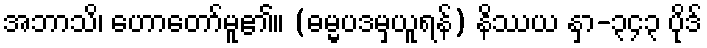
အဘာသိ၊ ဟောတော်မူ၏။ (ဓမ္မပဒမှယူရန်) နိဿယ နှာ-၃၄၃ ပိုဒ်